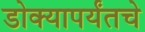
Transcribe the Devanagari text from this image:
डोक्यापर्यंतचे